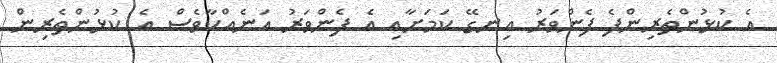
އެ ކުޅުންތެރިންފެ ފެންވަރު އިނގޭ ކަމަށާއި އެ ފެންވަރު އަނެއްކާވެސް އެ ކުޅުންތެރިން